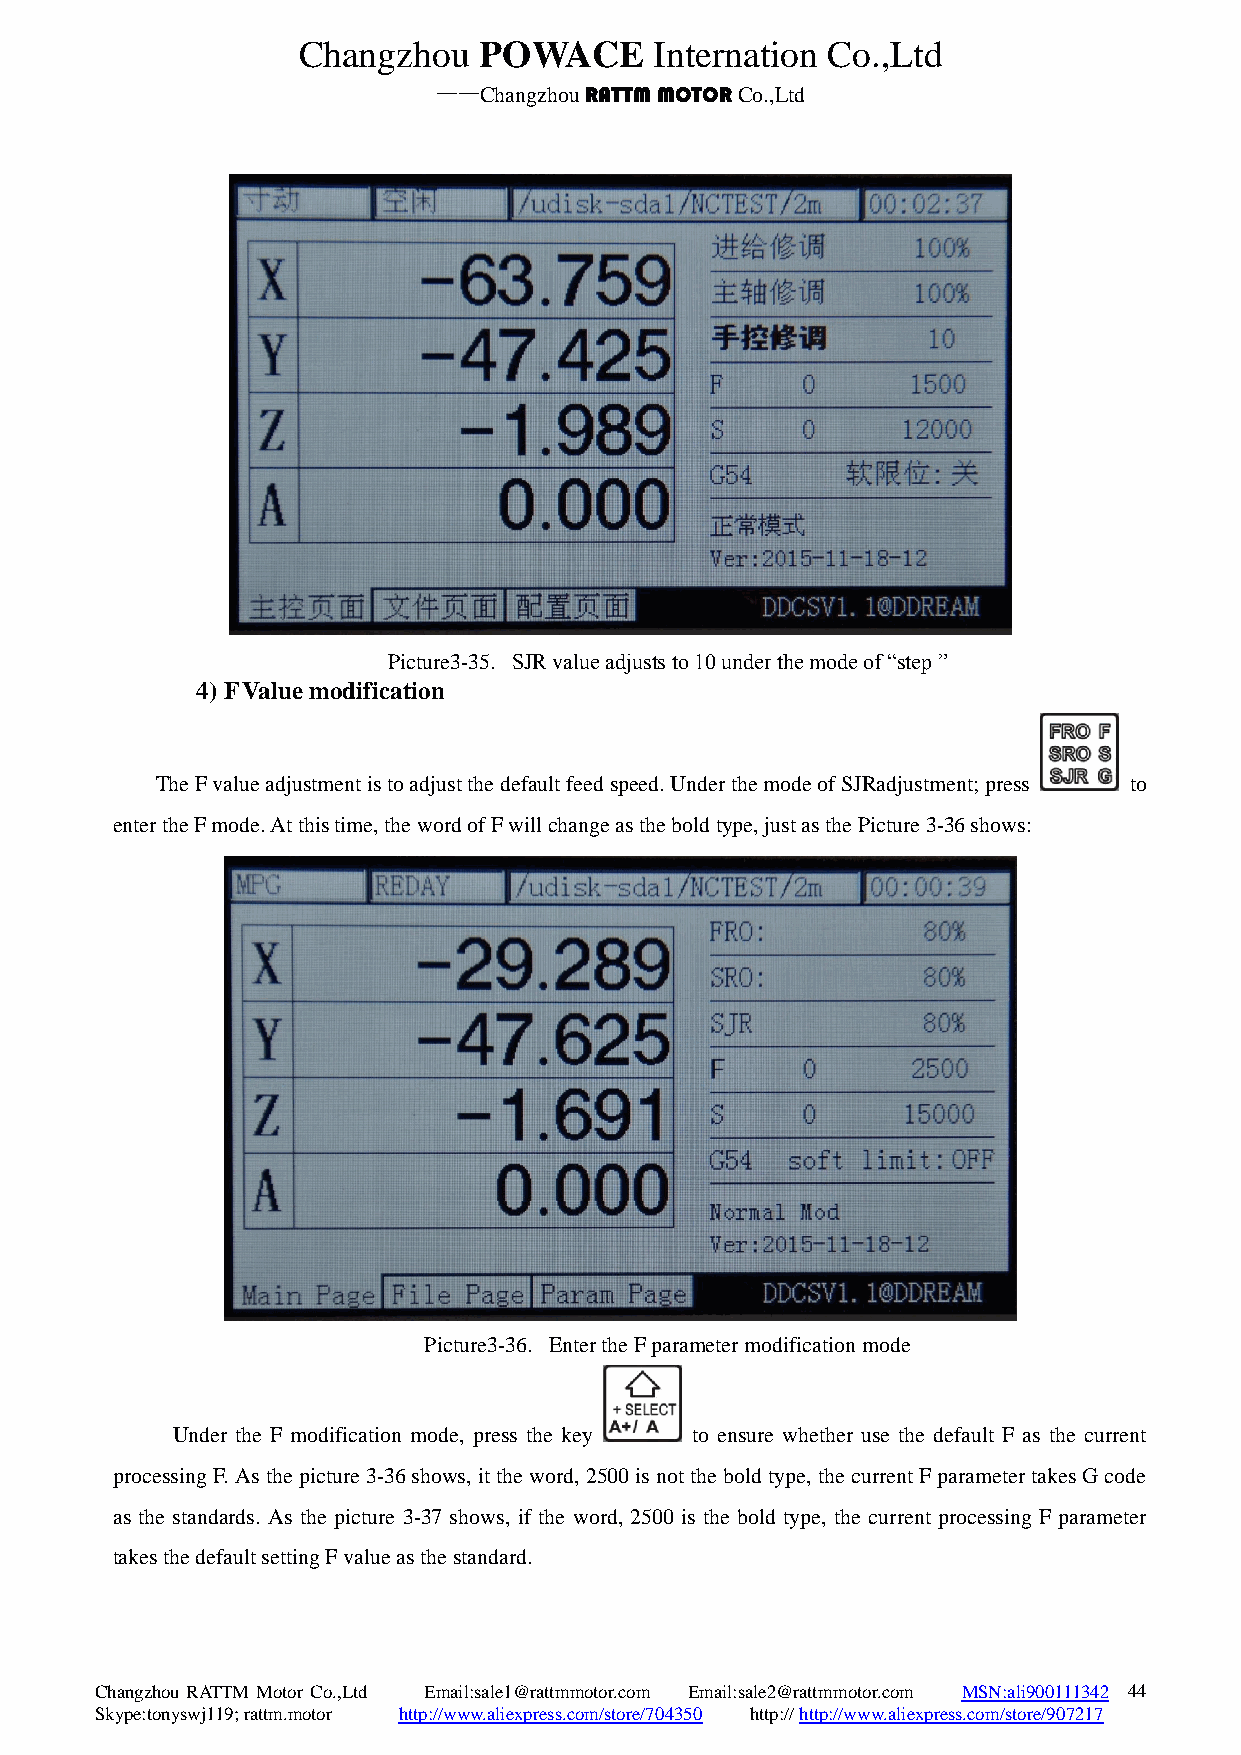
Changzhou   POWACE     Internation Co.,Ltd
 ——Changzhou RATTM MOTOR Co.,Ltd
 Picture3-35. SJR value adjusts to 10 under the mode of “step ”
 4) F Value modification
 The F value adjustment is to adjust the default feed speed. Under the mode of SJRadjustment; press to
 enter the F mode. At this time, the word of F will change as the bold type, just as the Picture 3-36 shows:
 Picture3-36. Enter the F parameter modification mode
 Under the F modification mode, press the key to ensure whether use the default F as the current
 processing F. As the picture 3-36 shows, it the word, 2500 is not the bold type, the current F parameter takes G code
 as the standards. As the picture 3-37 shows, if the word, 2500 is the bold type, the current processing F parameter
 takes the default setting F value as the standard.
 Changzhou RATTM Motor Co.,Ltd Email:sale1@rattmmotor.com Email:sale2@rattmmotor.com MSN:ali900111342 4 4
 Skype:tonyswj119; rattm.motor http://www.aliexpress.com/store/704350 http:// http://www.aliexpress.com/store/907217